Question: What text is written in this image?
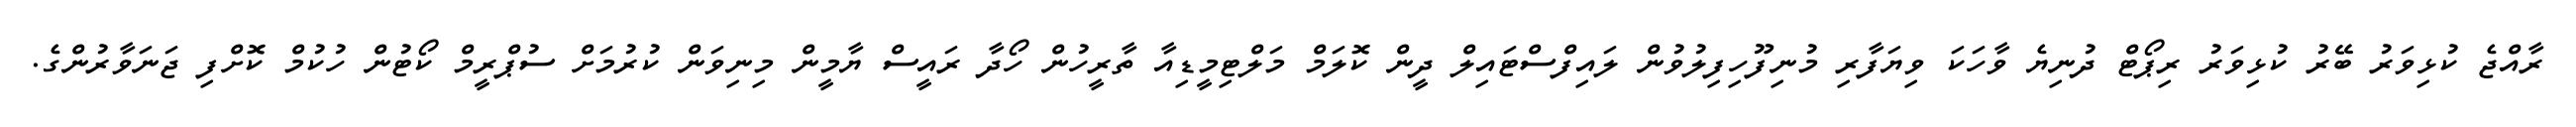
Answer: ރާއްޖެ ކުޅިވަރު ބޭރު ކުޅިވަރު ރިޕޯޓް ދުނިޔެ ވާހަކަ ވިޔަފާރި މުނިފޫހިފިލުވުން ލައިފްސްޓައިލް ދީން ކޮލަމް މަލްޓިމީޑިއާ ތާރީހުން ހޯދާ ރައީސް ޔާމީން މިނިވަން ކުރުމަށް ސުޕްރީމް ކޯޓުން ހުކުމް ކޮށްފި ޖަނަވާރުންގެ.